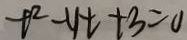
t ^ { 2 } - y t + 3 = 0